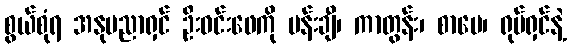
စွယ်စုံရ အနုပညာရှင် ဦးဝင်းဖေကို ပန်းချီ၊ ကာတွန်း၊ စာပေ၊ ရုပ်ရှင်နဲ့